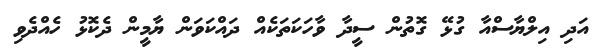
އަދި އިލްޔާސްއާ ގުޅޭ ގޮތުން ސީދާ ވާހަކަތަކެއް ދައްކަވަން ޔާމީން ދެކޮޅު ހެއްދެވި